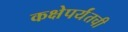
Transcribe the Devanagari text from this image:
कक्षेपर्यंतची